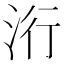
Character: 洐